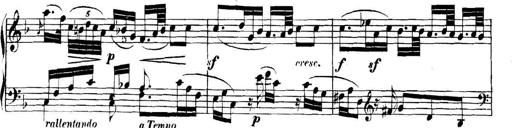
Title: Collected Piano Sonatas
Composer: Muzio Clementi